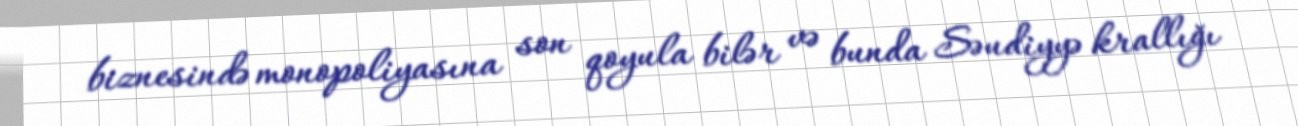
biznesində monopoliyasına son qoyula bilər və bunda Səudiyyə krallığı